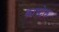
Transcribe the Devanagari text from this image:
कास्टेल